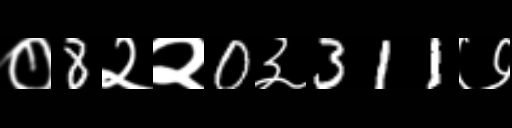
Text: ०8२२0३311७